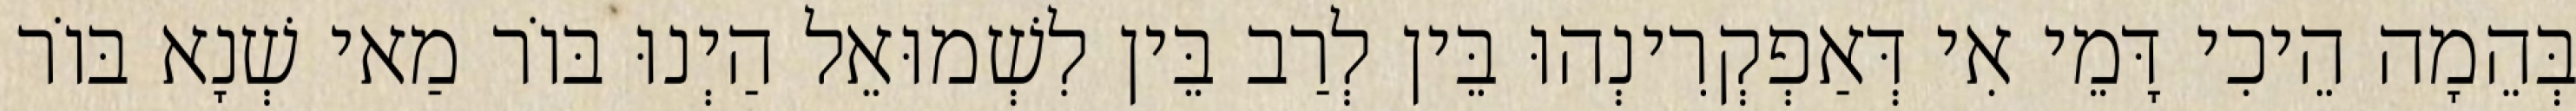
בְּהֵמָה הֵיכִי דָּמֵי אִי דְּאַפְקְרִינְהוּ בֵּין לְרַב בֵּין לִשְׁמוּאֵל הַיְנוּ בּוֹר מַאי שְׁנָא בּוֹר